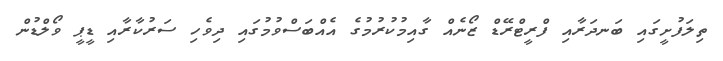
ތިލަފުށީގައި ބަނދަރާއި ފްރީޓްރޭޑް ޒޯނެއް ގާއިމުކުުރުމުގެ އެއްބަސްވުމުގައި ދިވެހި ސަރުކާރާއި ޑީޕީ ވޯލްޑުން